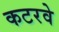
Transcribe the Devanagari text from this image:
कटरवे